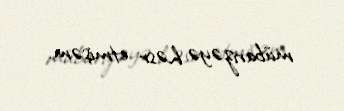
mübarizəyə həsr etmişəm.